Annual vaccination report of Bihar and Orissa - 1911-1928
Year: 1911
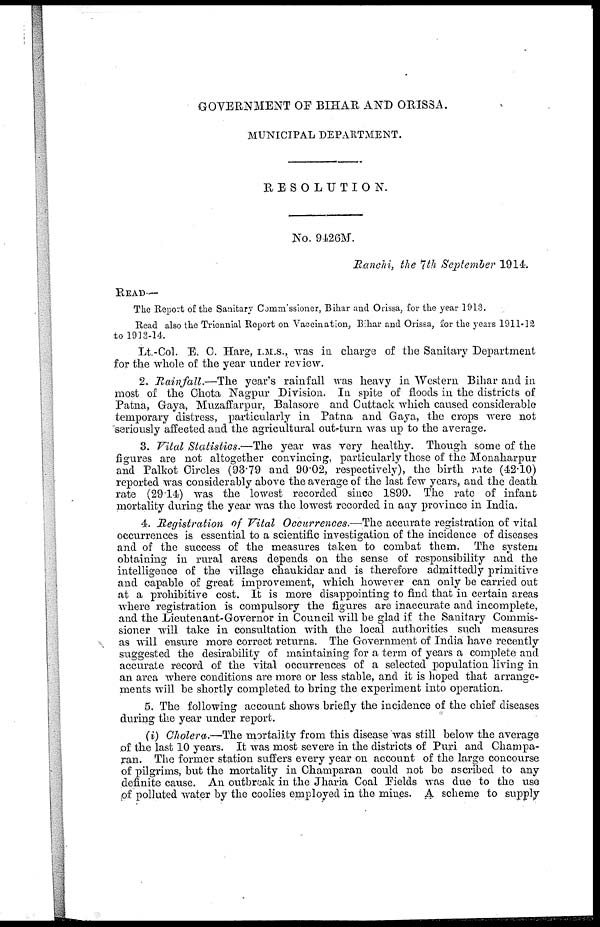
GOVERNMENT OF BIHAR AND ORISSA.
MUNICIPAL DEPARTMENT.
RESOLUTION.
No. 9426M.
Ranchi, the 7th September 1914.
READ—
The Report of the Sanitary Commissioner, Bihar and Orissa, for the year 1913.
Read also the Triennial Report on Vaccination, Bihar and Orissa, for the years 1911-12
to 1913-14.
Lt.-Col. E. C. Hare, I.M.S., was in charge of the Sanitary Department
for the whole of the year under review.
2. Rainfall.—The year's rainfall was heavy in Western Bihar and in
most of the Chota Nagpur Division. In spite of floods in the districts of
Patna, Gaya, Muzaffarpur, Balasore and Cuttack which caused considerable
temporary distress, particularly in Patna and Gaya, the crops were not
seriously affected and the agricultural out-turn was up to the average.
3. Vital Statistics.—The year was very healthy. Though some of the
figures are not altogether convincing, particularly those of the Monaharpur
and Palkot Circles (93.79 and 90.02, respectively), the birth rate (42.10)
reported was considerably above the average of the last few years, and the death
rate (29.14) was the lowest recorded since 1899. The rate of infant
mortality during the year was the lowest recorded in any province in India.
4. Registration of Vital Occurrences.—The accurate registration of vital
occurrences is essential to a scientific investigation of the incidence of diseases
and of the success of the measures taken to combat them. The system
obtaining in rural areas depends on the sense of responsibility and the
intelligence of the village chaukidar and is therefore admittedly primitive
and capable of great improvement, which however can only be carried out
at a prohibitive cost. It is more disappointing to find that in certain areas
where registration is compulsory the figures are inaccurate and incomplete,
and the Lieutenant-Governor in Council will be glad if the Sanitary Commis-
sioner will take in consultation with the local authorities such measures
as will ensure more correct returns. The Government of India have recently
suggested the desirability of maintaining for a term of years a complete and
accurate record of the vital occurrences of a selected population living in
an area where conditions are more or less stable, and it is hoped that arrange-
ments will be shortly completed to bring the experiment into operation.
5. The following account shows briefly the incidence of the chief diseases
during the year under report.
(i) Cholera.—The mortality from this disease was still below the average
of the last 10 years. It was most severe in the districts of Puri and Champa-
ran. The former station suffers every year on account of the large concourse
of pilgrims, but the mortality in Champaran could not be ascribed to any
definite cause. An outbreak in the Jharia Coal Fields was due to the use
of polluted water by the coolies employed in the mines. A scheme to supply